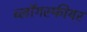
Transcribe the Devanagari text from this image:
ब्लॉगस्फीयर